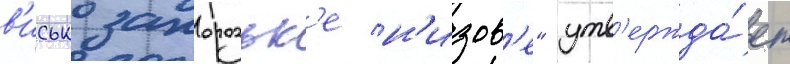
в'исько запорозьк'е н'изов'е" утв'ержда́ет